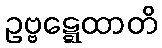
ဥဗ္ဗဋ္ဋေထာတိ